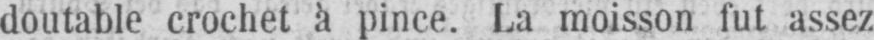
doutable crochet à pince. La moisson fut assez